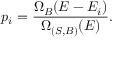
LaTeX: p _ { i } = { \frac { \Omega _ { B } ( E - E _ { i } ) } { \Omega _ { ( S , B ) } ( E ) } } .